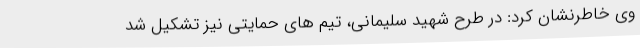
وی خاطرنشان کرد: در طرح شهید سلیمانی، تیم های حمایتی نیز تشکیل شد